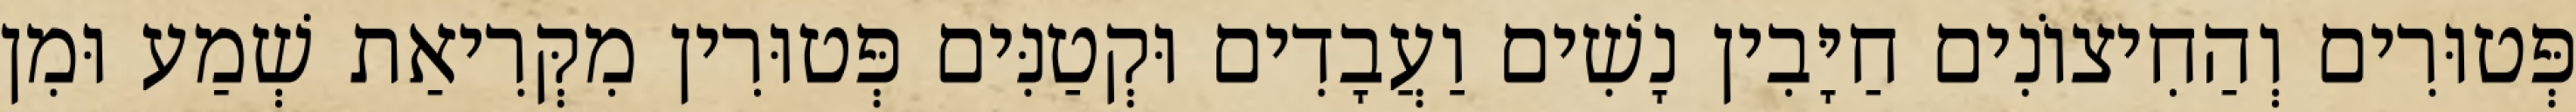
פְּטוּרִים וְהַחִיצוֹנִים חַיָּבִין נָשִׁים וַעֲבָדִים וּקְטַנִּים פְּטוּרִין מִקְּרִיאַת שְׁמַע וּמִן